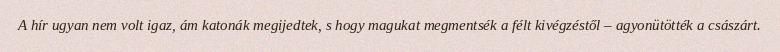
A hír ugyan nem volt igaz, ám katonák megijedtek, s hogy magukat megmentsék a félt kivégzéstől – agyonütötték a császárt.